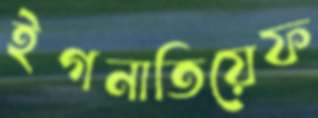
ইগনাতিয়েফ